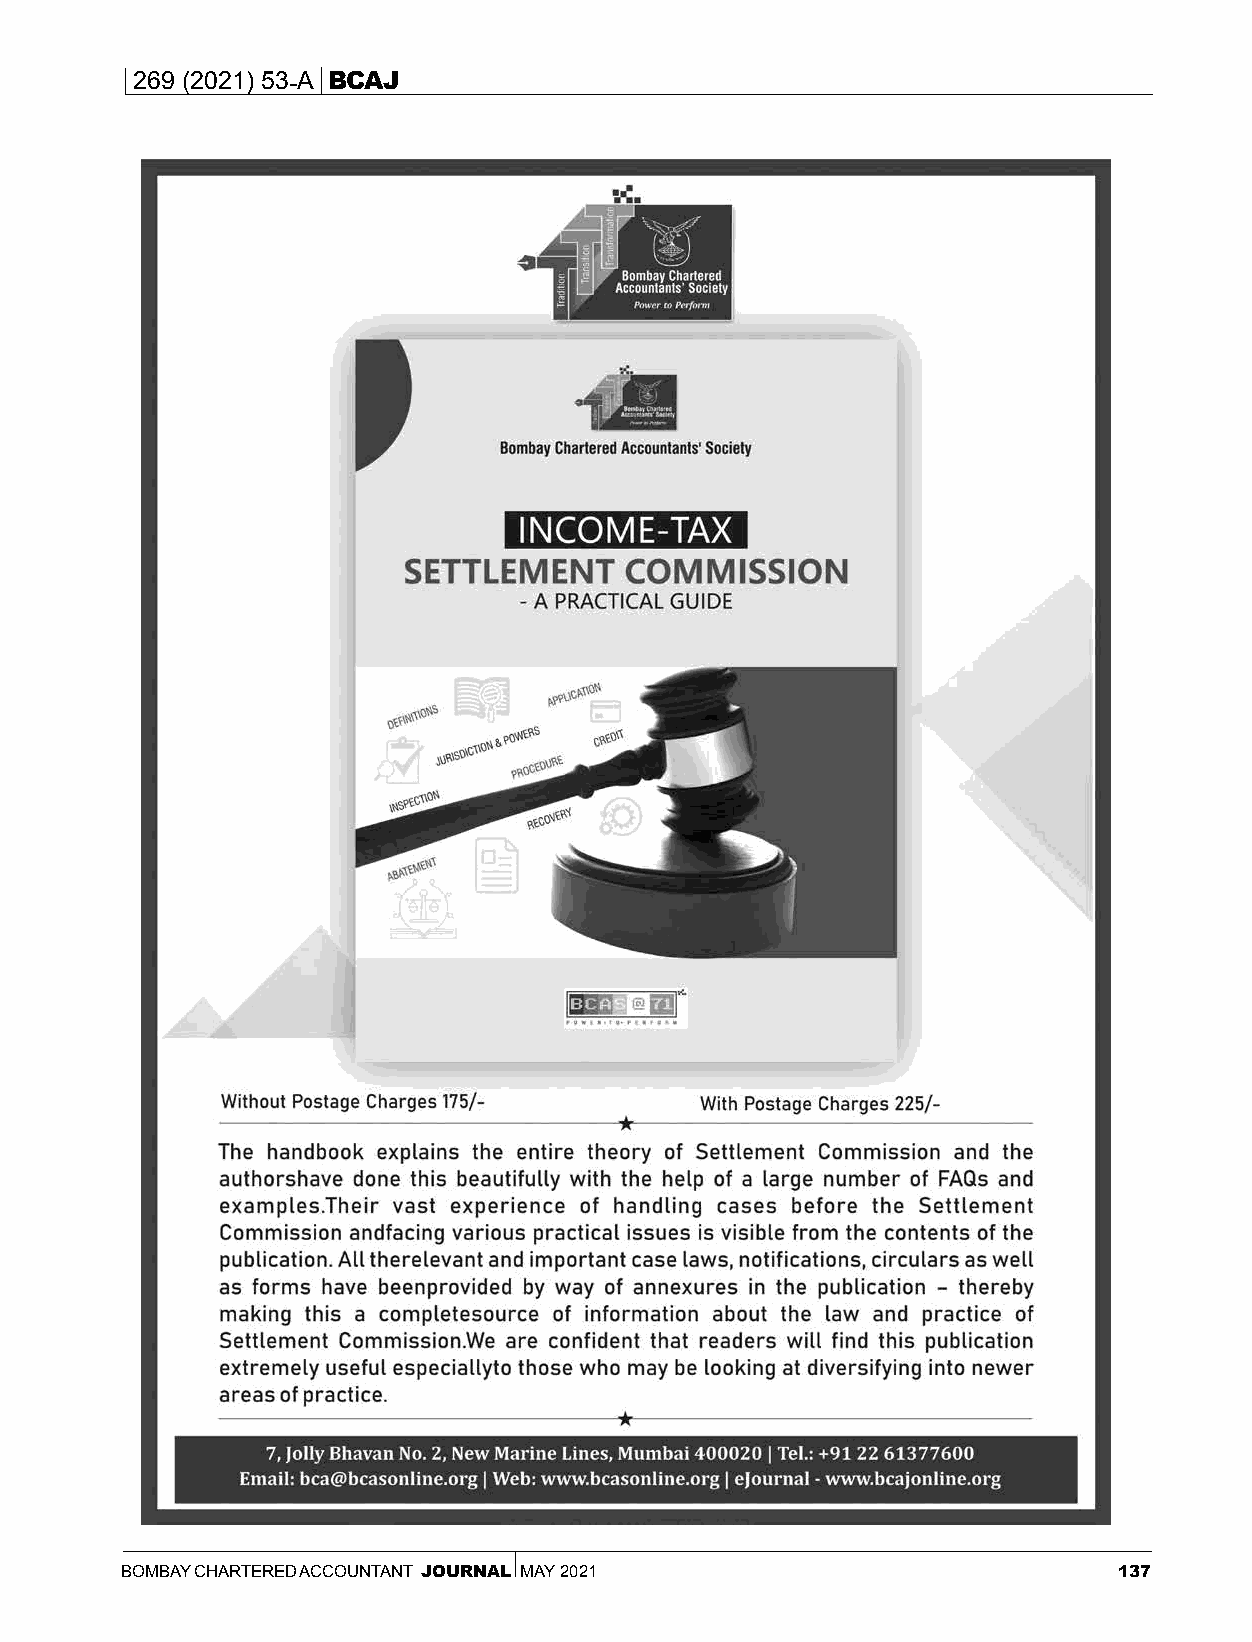
269 (2021) 53-A BCAJ
 BOMBAY CHARTERED ACCOUNTANT JOURNAL MAY 2021                      137